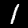
Label: 1